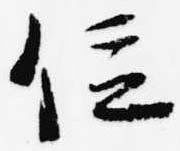
位